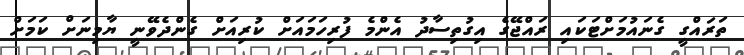
ތަރައްގީ ގެނައުމަށްޓަކައި ރައްޖޭގެ އިގުތިސާދު އެންމެ ފުރިހަމައަށް ކުރިއަށް ގެންދެވޭނީ ޔާމިނަށް ކަމަށް